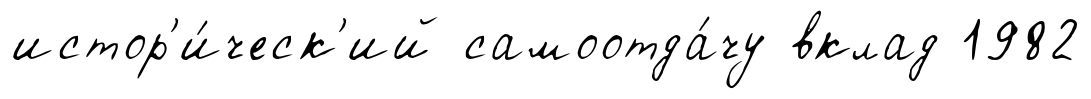
истор'и́ческ'ий самоотда́чу вклад 1982